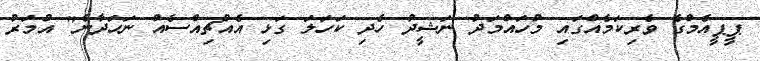
ޕީޕީއެމްގެ ވެރިކަމެއްގައި މުހައްމަދު ނަޝީދު ހެދި ކަހަލަ ގަޅި އެއްޗިއްސެއް ނަހަދާނެ" އުމަރު